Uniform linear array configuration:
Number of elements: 48
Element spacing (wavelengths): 1
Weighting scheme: uniform
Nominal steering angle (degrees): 30
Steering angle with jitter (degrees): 28.846
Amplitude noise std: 0.05
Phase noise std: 0.05

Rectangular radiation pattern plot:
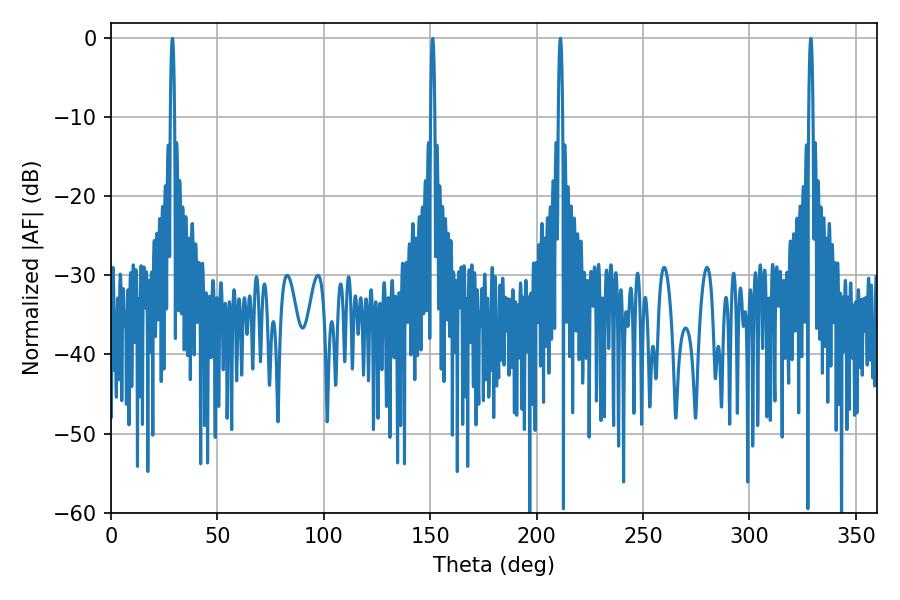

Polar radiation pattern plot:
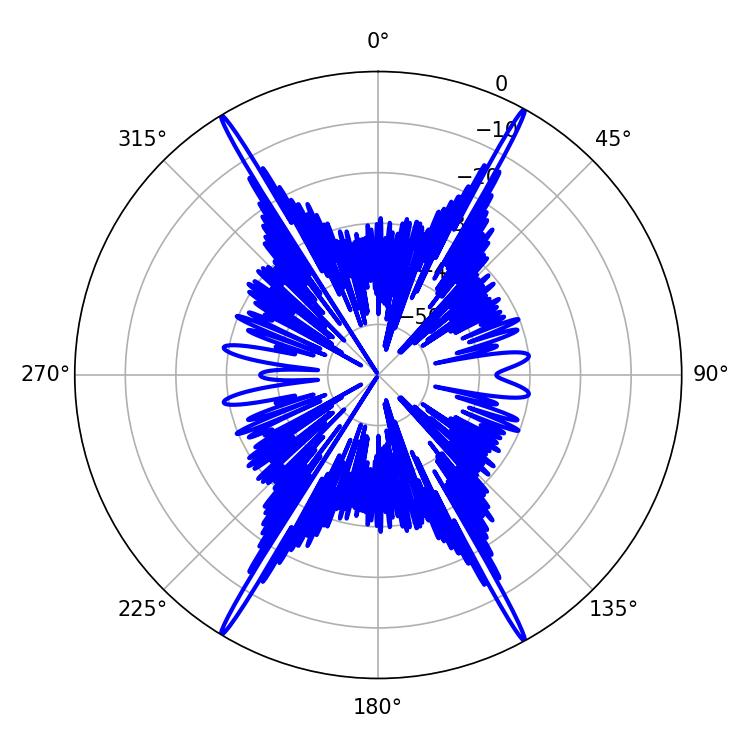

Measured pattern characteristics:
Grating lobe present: TRUE
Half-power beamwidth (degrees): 1.08
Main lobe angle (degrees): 211.14